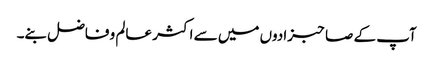
آپ کے صاحبزادوں میں سے اکثر عالم و فاضل بنے۔